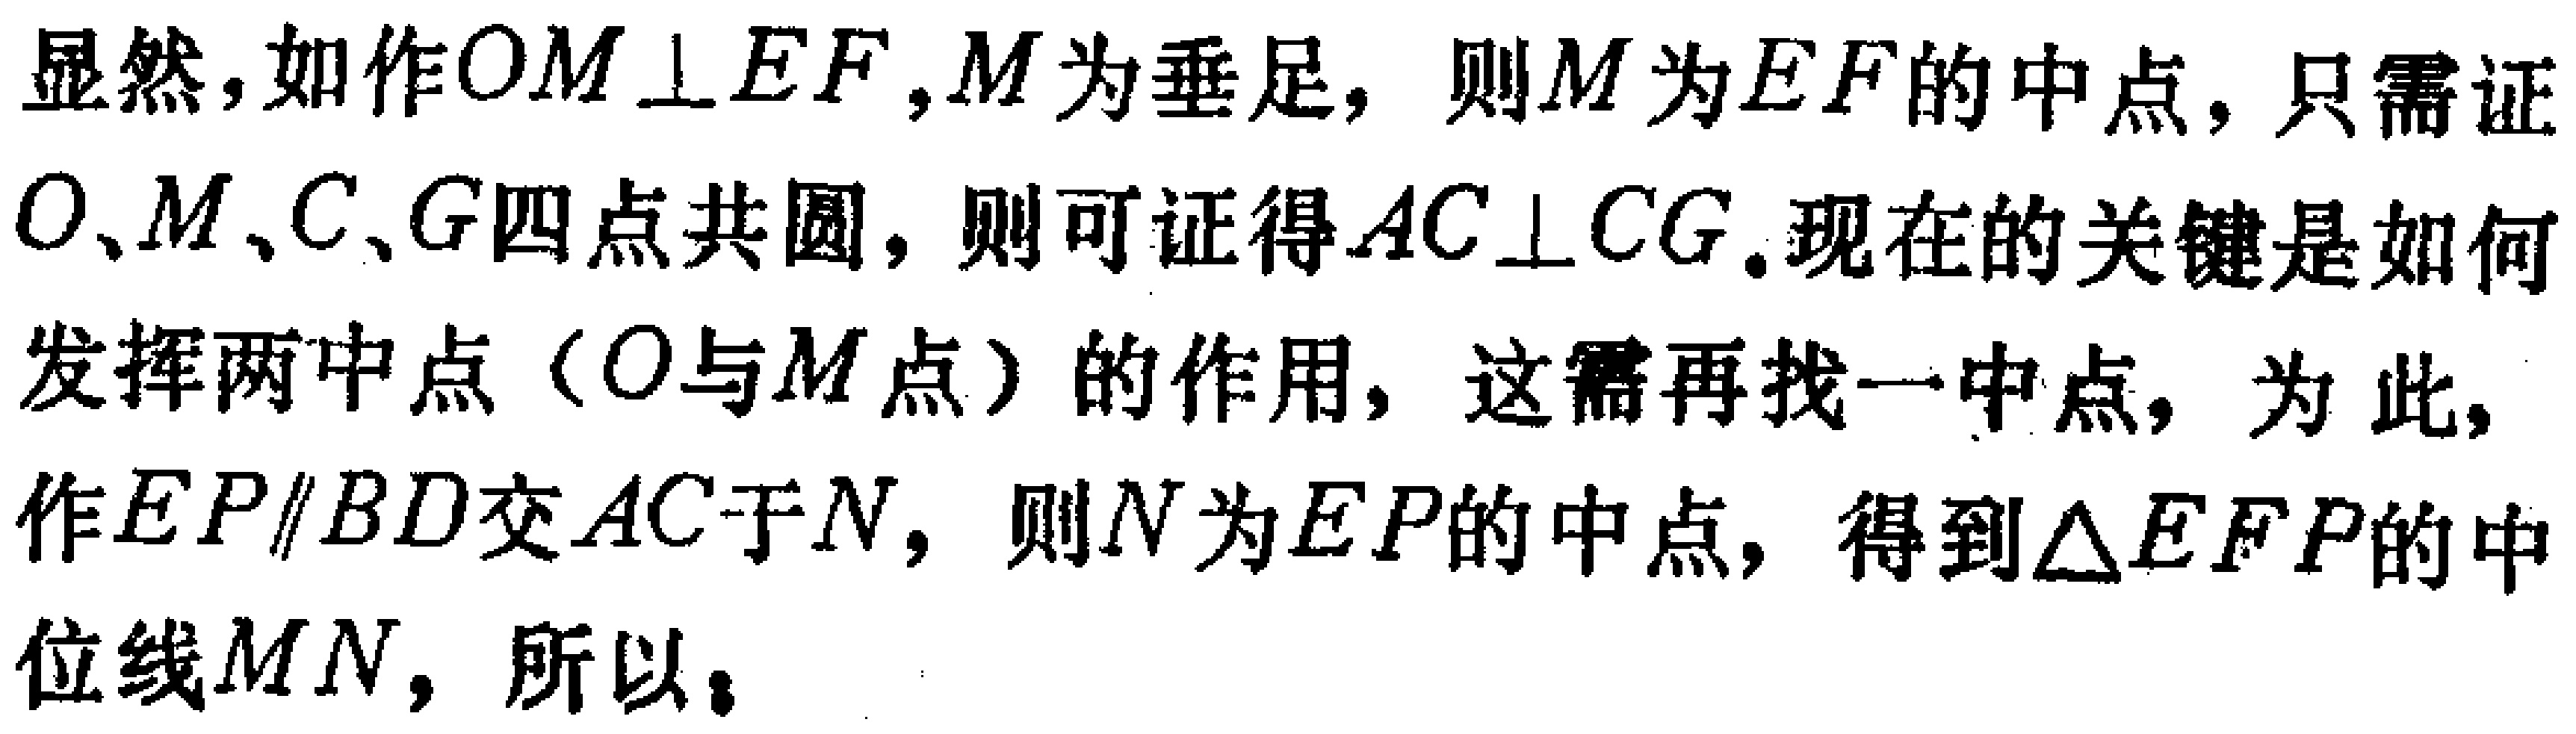
显然，如作$OM\perp EF$,$M$为垂足，则$M$为$EF$的中点，只需证$O$、$M$、$C$、$G$四点共圆，则可证得$AC\perp CG$.现在的关键是如何发挥两中点（$O$与$M$点）的作用，这需再找一中点，为此，作$EP\parallel BD$交$AC$于$N$，则$N$为$EP$的中点，得到$\triangle EFP$的中位线$MN$，所以，